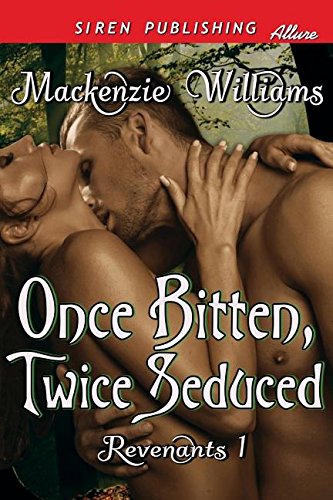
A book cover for Once Bitten, Twice Seduced [Revenants 1] (Siren Publishing Allure); Mackenzie Williams; Romance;